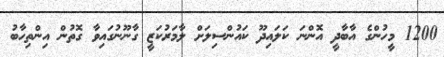
1200 މީހުންގެ އާބާދީ އޮންނަ ކަލައިދޫ ކައުންސިލަށް ލާމަރުކަޒީ ގާނޫނުގައިވާ ގޮތުން އިންތިހާބު